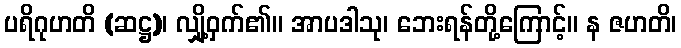
ပရိဂုဟတိ (ဆဋ္ဌ)၊ လျှို့ဝှက်၏။ အာပဒါသု၊ ဘေးရန်တို့ကြောင့်။ န ဇဟတိ၊